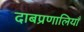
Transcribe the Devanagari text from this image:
दाबप्रणालियाँ